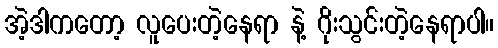
အဲ့ဒါကတော့ လူပေးတဲ့နေရာ နဲ့ ဂိုးသွင်းတဲ့နေရာပါ။